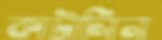
কাটালিন